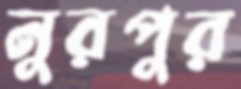
নুরপুর